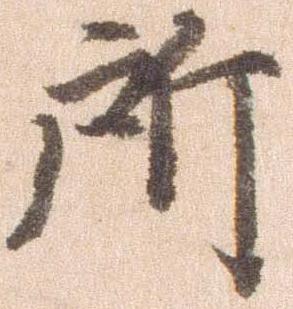
所